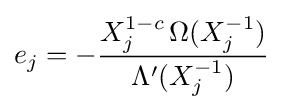
e_{j}=-{\frac {X_{j}^{1-c}\,\Omega (X_{j}^{-1})}{\Lambda '(X_{j}^{-1})}}